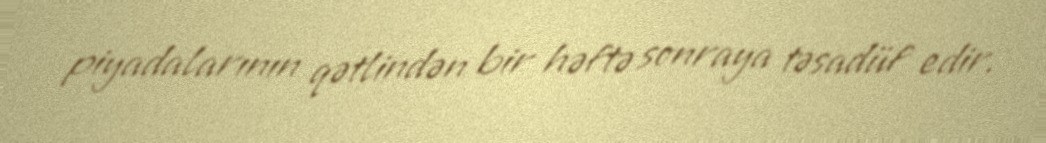
piyadalarının qətlindən bir həftə sonraya təsadüf edir.